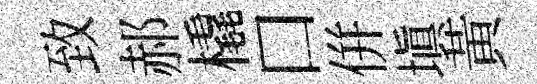
致郝橇口併塡黃